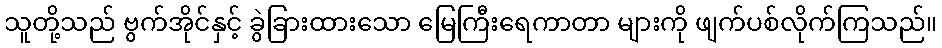
သူတို့သည် ဗွက်အိုင်နှင့် ခွဲခြားထားသော မြေကြီးရေကာတာ များကို ဖျက်ပစ်လိုက်ကြသည်။